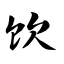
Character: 饮